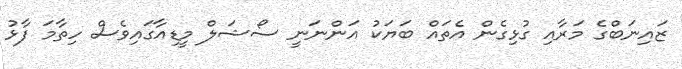
ޒައިނަބްގެ މަރާއި ގުޅިގެން އެތައް ބަޔަކު އަންނަނީ ސޯޝަލް މީޑިއާގައިވެސް ހިތާމަ ފާޅު